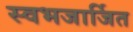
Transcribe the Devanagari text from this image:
स्वभजार्जित